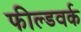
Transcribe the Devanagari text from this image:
फील्डवर्क